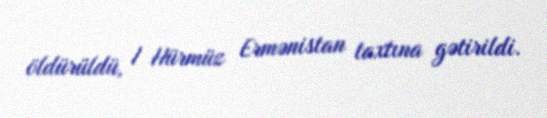
öldürüldü, I Hürmüz Ermənistan taxtına gətirildi.